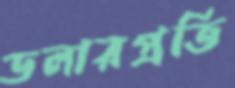
ডলারপ্রতি